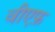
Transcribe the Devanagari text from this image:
वीएफ़